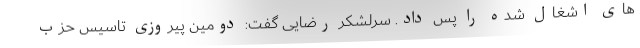
های اشغال شده را پس داد. سرلشکر رضایی گفت: دومین پیروزی تاسیس حزب